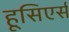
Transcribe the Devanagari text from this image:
हूसिएर्स